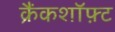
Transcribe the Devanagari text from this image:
क्रैंकशॉफ़्ट